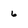
Character: 6